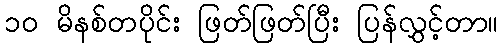
၁၀ မိနစ်တပိုင်း ဖြတ်ဖြတ်ပြီး ပြန်လွှင့်တာ။